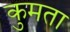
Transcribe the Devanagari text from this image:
कुमता